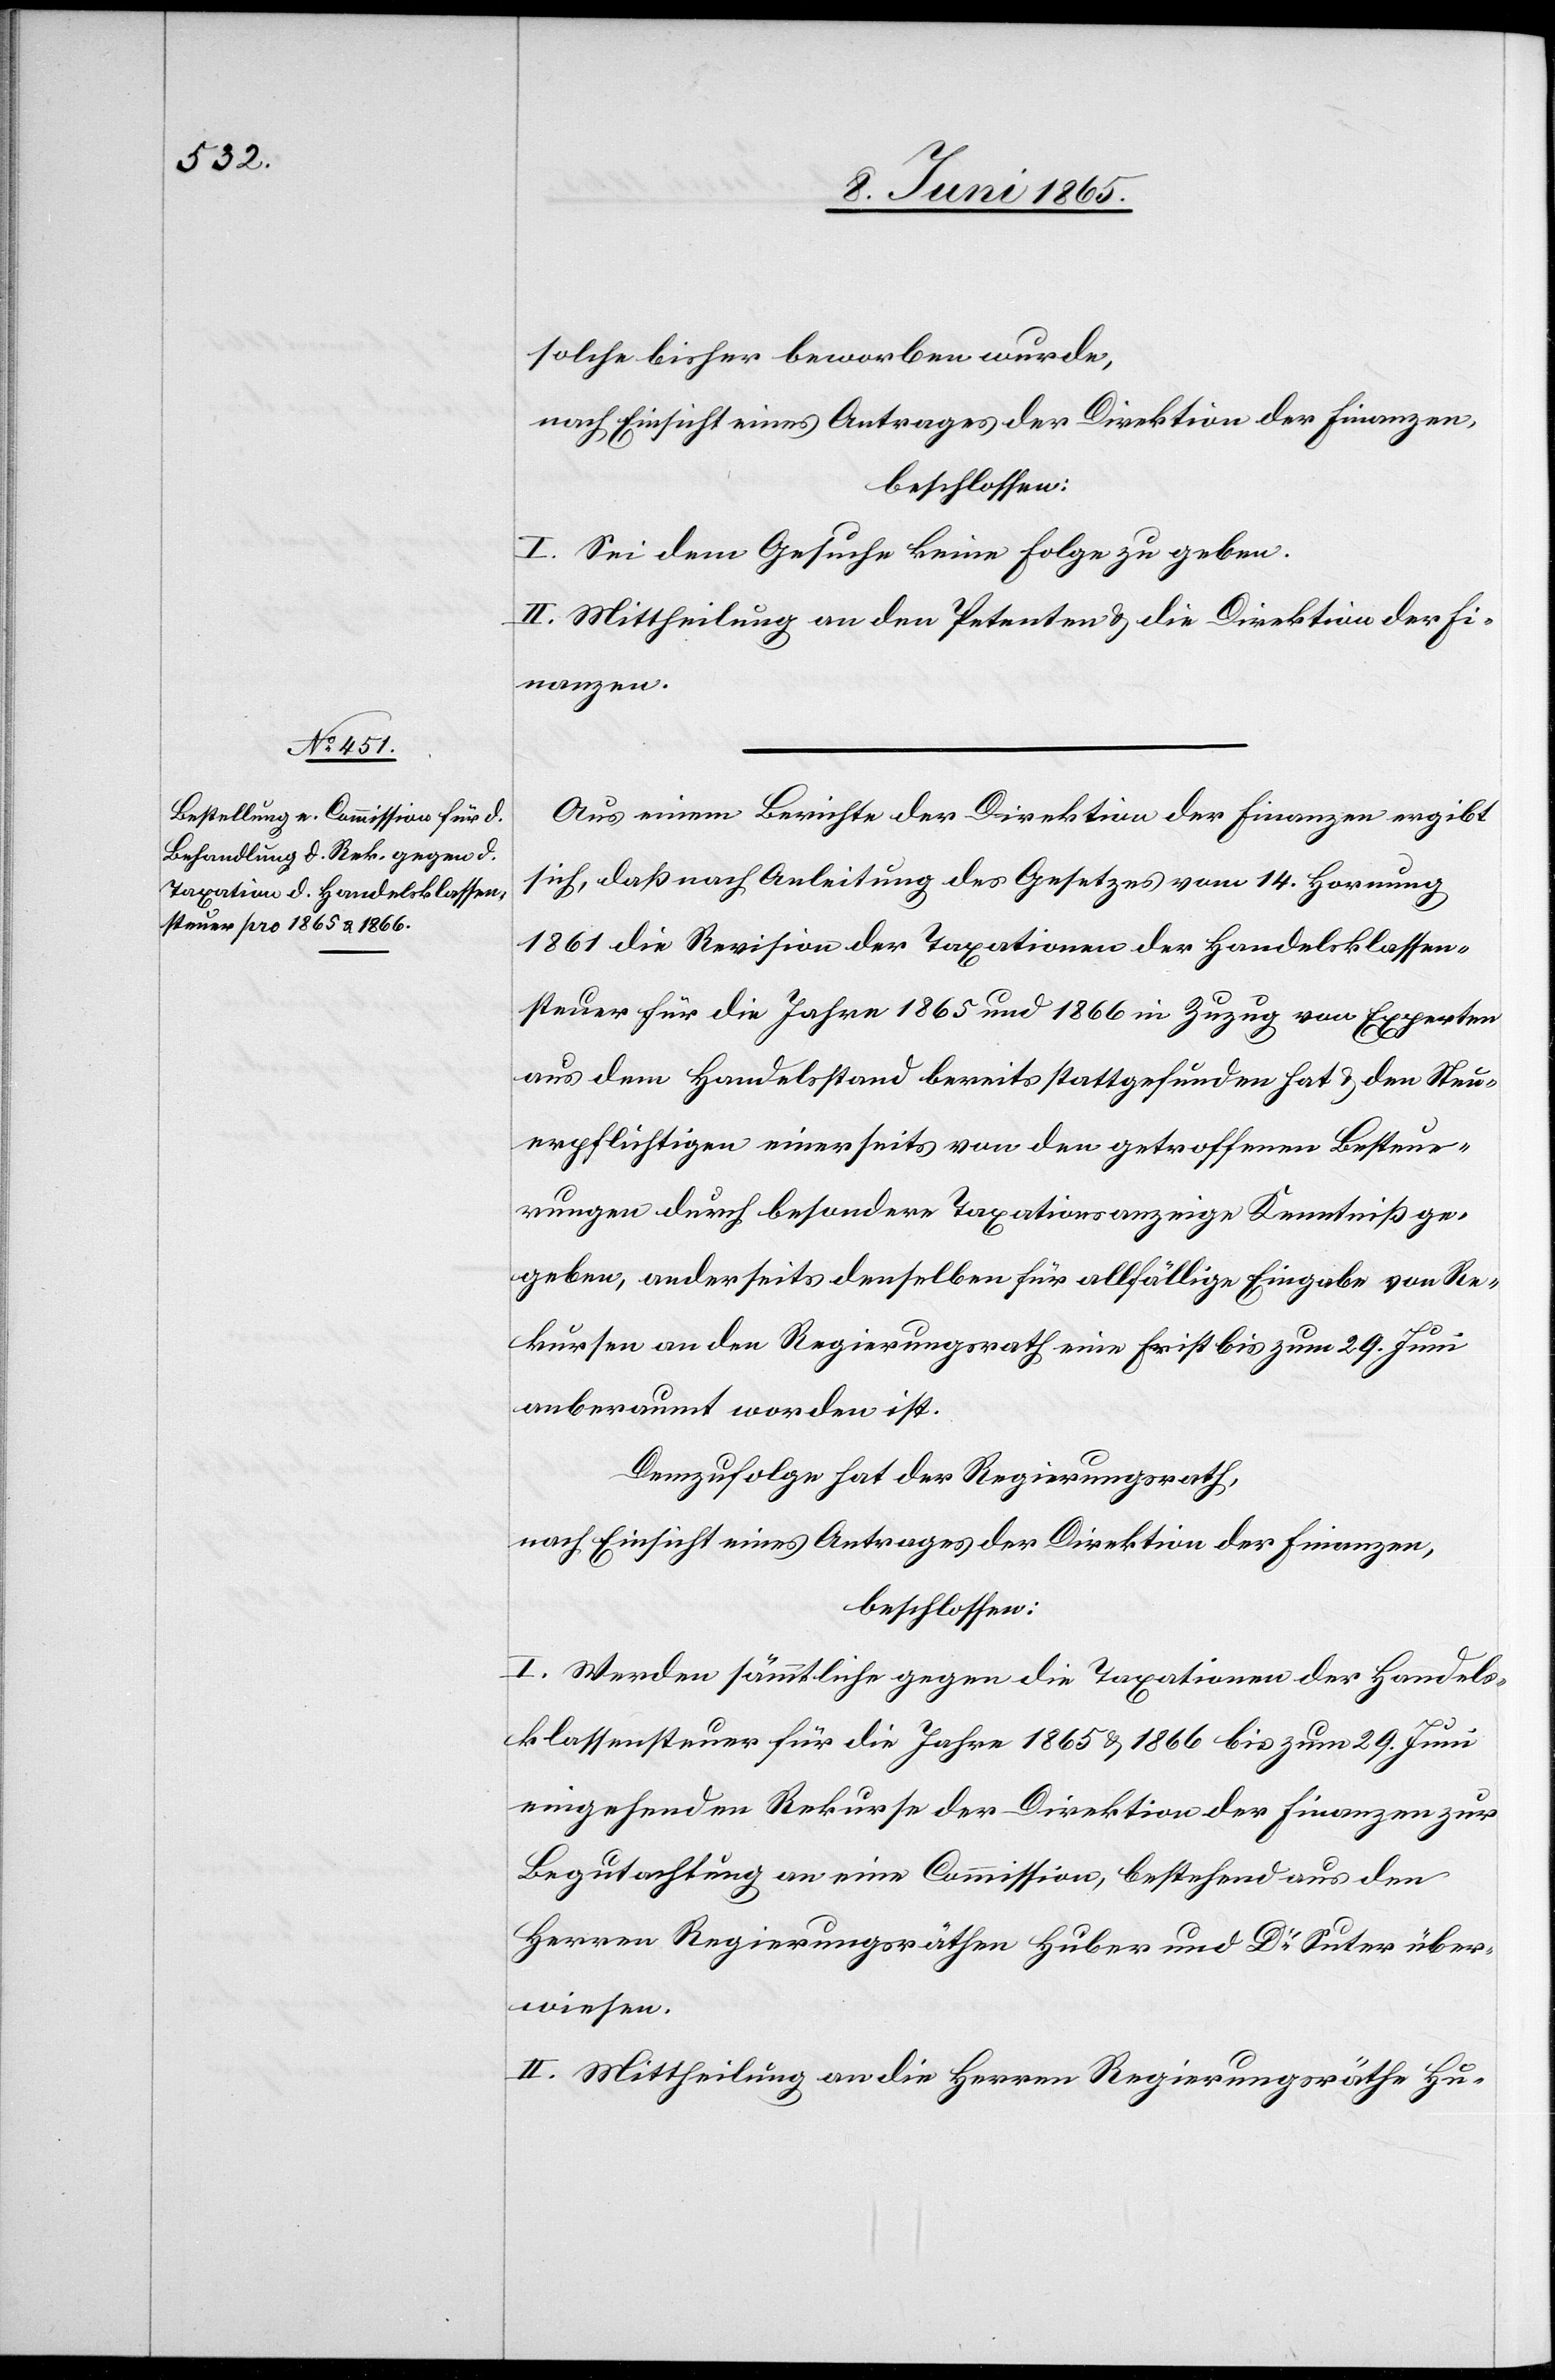
Aus einem Berichte der Direktion der Finanzen ergibt
sich, daß nach Anleitung des Gesetzes vom 14. Hornung
1861 die Revision der Taxationen der Handelsklassen¬
steuer für die Jahre 1865 und 1866 in Zuzug von Experten
aus dem Handelsstand bereits stattgefunden hat & den Steu¬
erpflichtigen einerseits von den getroffenen Besteue¬
rungen durch besondere Taxationsanzeige Kenntniß ge¬
geben, anderseits denselben für allfällige Eingabe von Re¬
kursen an den Regierungsrath eine Frist bis zum 29. Juni
anberaumt worden ist.
Demzufolge hat der Regierungsrath,
nach Einsicht eines Antrages der Direktion der Finanzen,
beschlossen:
I. Werden sämmtliche gegen die Taxationen der Handels¬
klassensteuer für die Jahre 1865 & 1866 bis zum 29. Juni
eingehenden Rekurse der Direktion der Finanzen zur
Begutachtung an eine Commission, bestehend aus den
Herren Regierungsräthen Huber und Dr Suter über¬
wiesen.
II. Mittheilung an die Herren Regierungsräthe Hu-